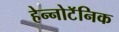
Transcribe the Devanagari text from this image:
हेन्नोटॅनिक